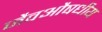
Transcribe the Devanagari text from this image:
जैवऔषधीय